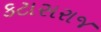
કટાસરાજ